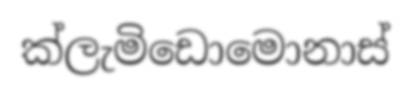
ක්ලැමිඩොමොනාස්